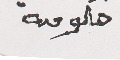
حكومة